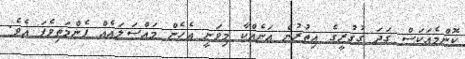
ކޮންމެއަކަސް ގަދަ ގުގުރީގެ އިތުރުން އަނެއްކާ މިވަނީ އެހެން މައްސަލައެއް ފެންމަތިވެފަ އެވެ.